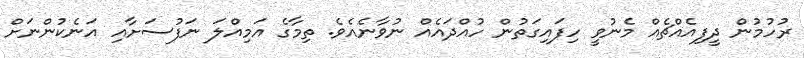
ރުހުމުން ދީފިއެއްޗެއް މެނުވީ ހިފައިގަތުން ހުއްދައެއް ނުވާނެއެވެ. ތިމާގެ އަމިއްލަ ނަފުސަށާއި އަނެކުންނަށް